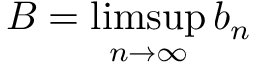
B = \operatorname* { l i m s u p } _ { n \to \infty } b _ { n }